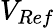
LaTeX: V_{Ref}